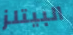
البيتلز